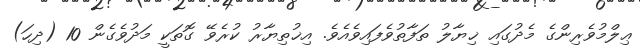
ޢިލްމުވެރިންގެ މެދުގައި ޚިޔާލު ތަފާތުވެފައިވެއެވެ. އިޚުތިޔާރު ކުރެވޭ ގޮތަކީ މަދުވެގެން 10 (ދިހަ)